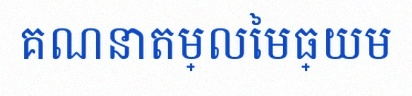
គណនាតម្លៃមធ្យម